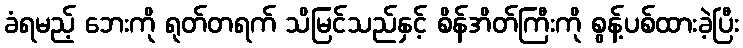
ခံရမည့် ဘေးကို ရုတ်တရက် သိမြင်သည်နှင့် စိန်အိတ်ကြီးကို စွန့်ပစ်ထားခဲ့ပြီး